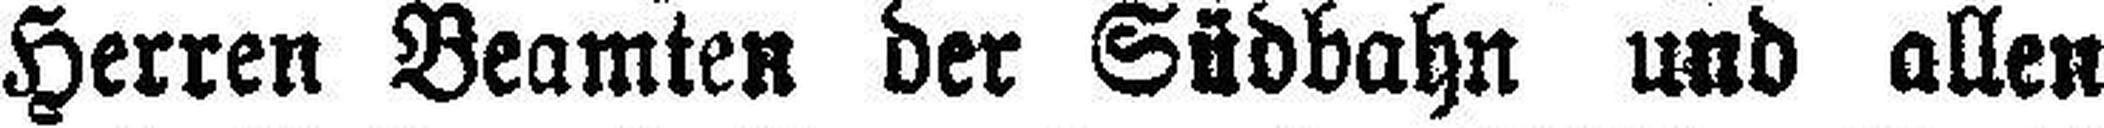
Herren Beamten der Südbahn und allen